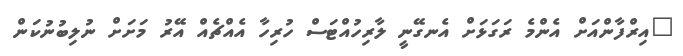
"އިރްފާންއަށް އެންމެ ރަގަޅަށް އެނގޭނީ ލާރިހުއްޓަސް ހުރިހާ އެއްޗެއް އޭރު މަށަށް ނުލިބުނުކަން